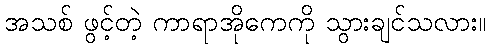
အသစ် ဖွင့်တဲ့ ကာရာအိုကေကို သွားချင်သလား။